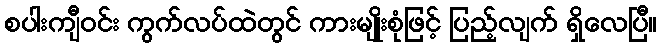
စပါးကျီဝင်း ကွက်လပ်ထဲတွင် ကားမျိုးစုံဖြင့် ပြည့်လျက် ရှိလေပြီ။